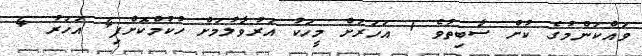
ވައްކަންމުގެ ކުށް ސާބިތުވެ 1 އަހަރަށް މީހަކު އަރުވާލުމަށް ހުކުމްކޮށްފި4 އަހަރު 4